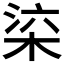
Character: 𣒕